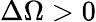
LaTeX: \Delta\Omega>0